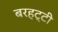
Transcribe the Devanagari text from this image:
बरहट्टी